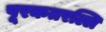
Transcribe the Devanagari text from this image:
पूरकतरल्लि